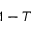
1 - T